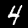
Digit: 4